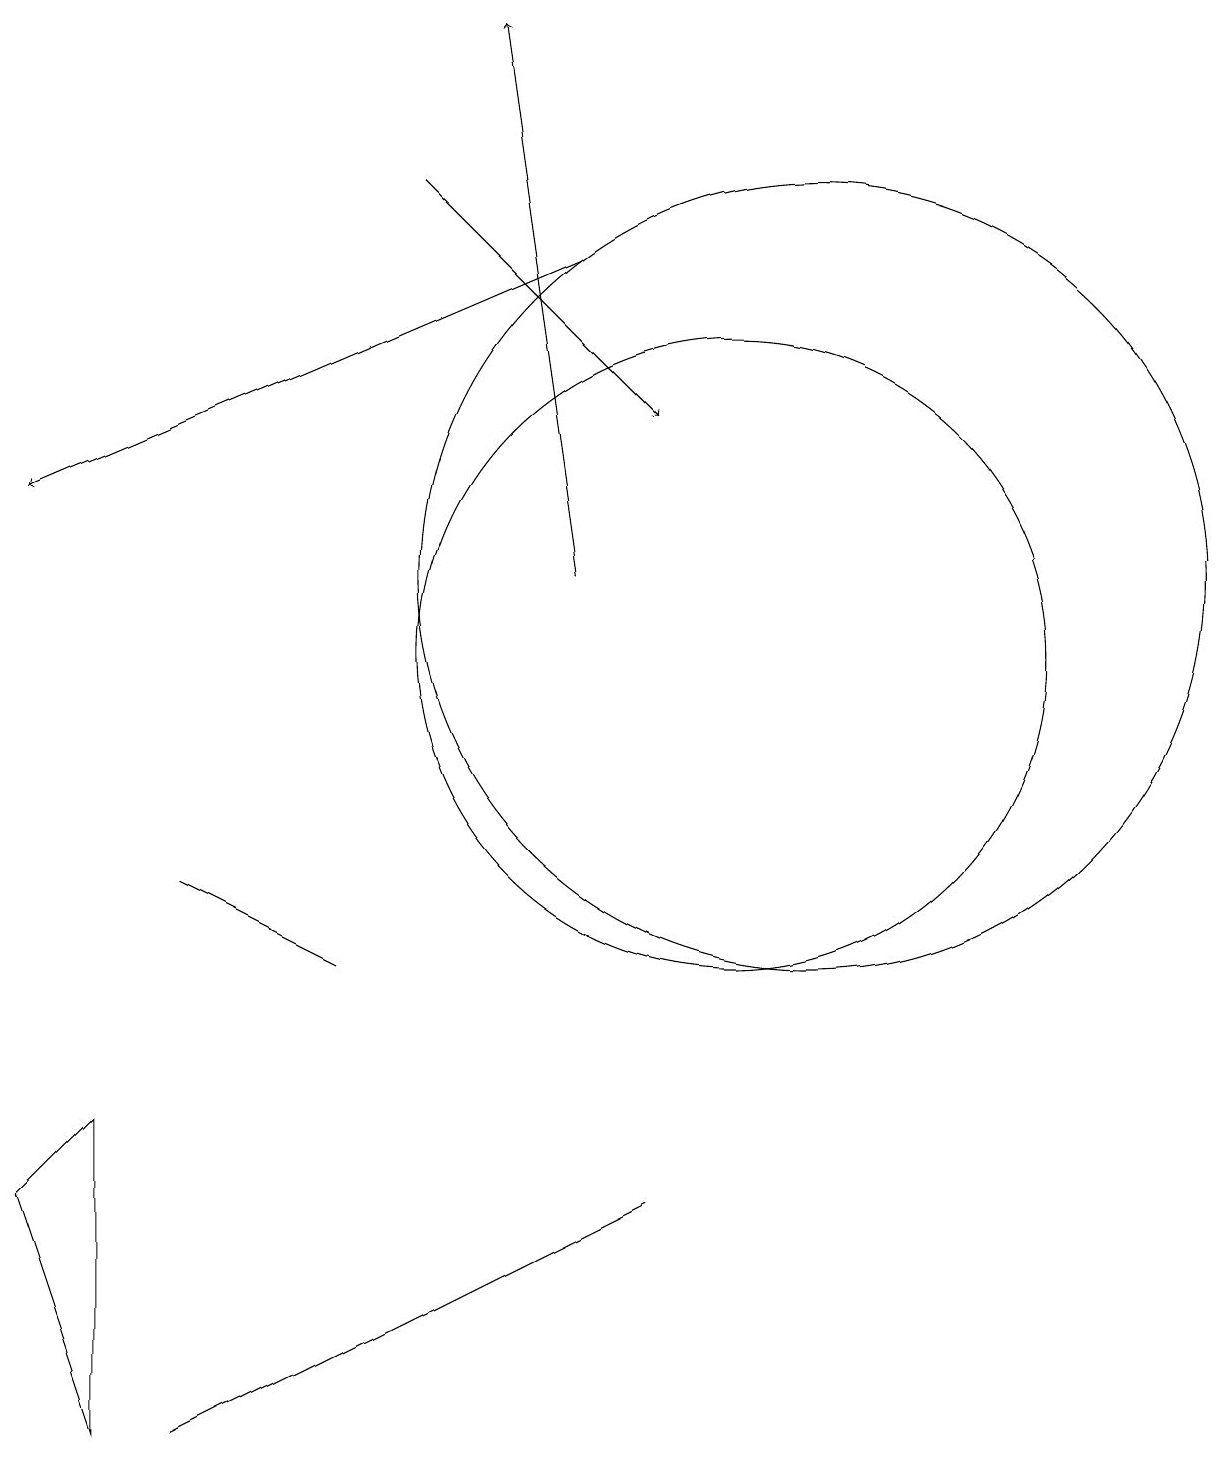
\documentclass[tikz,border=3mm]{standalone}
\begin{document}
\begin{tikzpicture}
\draw (10,10) circle (4);
\draw[->] (6,16) -- (9,13);
\draw[->] (8,11) -- (7,18);
\draw[->] (8,15) -- (1,12);
\draw (11,11) circle (5);
\draw (3,0) -- (9,3) -- (5,1) -- cycle;
\draw (2,4) -- (1,3) -- (2,0) -- cycle;
\draw (5,6) -- (5,6) -- (3,7) -- cycle;
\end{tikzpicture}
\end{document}